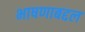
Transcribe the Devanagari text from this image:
भाषणाबद्दल